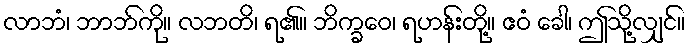
လာဘံ၊ ဘာဘ်ကို။ လဘတိ၊ ရ၏။ ဘိက္ခဝေ၊ ရဟန်းတို့။ ဧဝံ ခေါ၊ ဤသို့လျှင်။